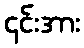
၄င်းအား